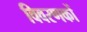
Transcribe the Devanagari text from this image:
विवरणकों